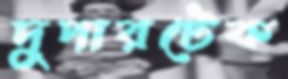
দুপারটেক